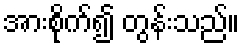
အားစိုက်၍ တွန်းသည်။